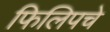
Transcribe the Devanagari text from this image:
फिलिपचे